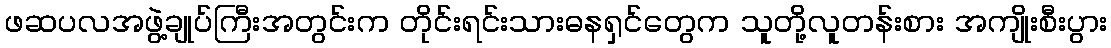
ဖဆပလအဖွဲ့ချုပ်ကြီးအတွင်းက တိုင်းရင်းသားဓနရှင်တွေက သူတို့လူတန်းစား အကျိုးစီးပွား